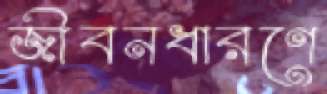
জীবনধারণে